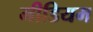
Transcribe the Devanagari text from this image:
मीडियम